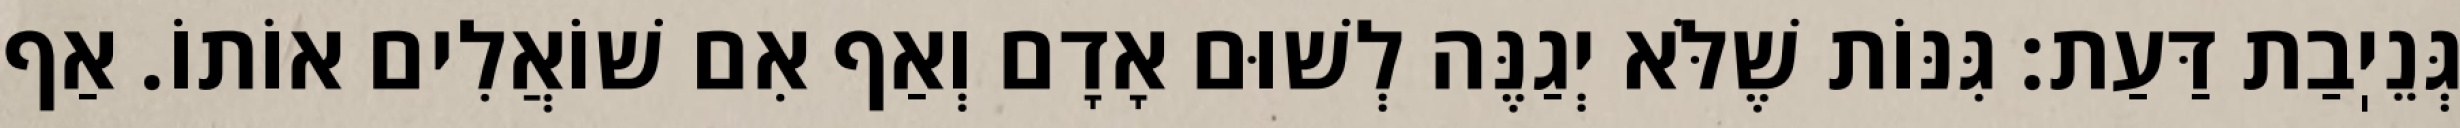
גְּנֵיֽבַת דַּעַת: גִּנּוֹת שֶׁלֹּא יְגַנֶּה לְשׁוּם אָדָם וְאַף אִם שׁוֹאֲלִים אוֹתוֹ. אַף